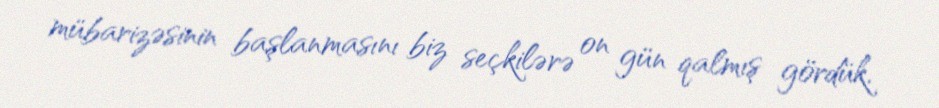
mübarizəsinin başlanmasını biz seçkilərə on gün qalmış gördük.